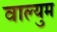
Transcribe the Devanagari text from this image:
वाल्युम